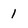
Character: 1